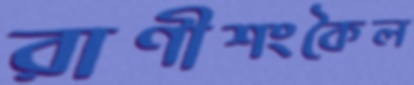
রাণীশংকৈল